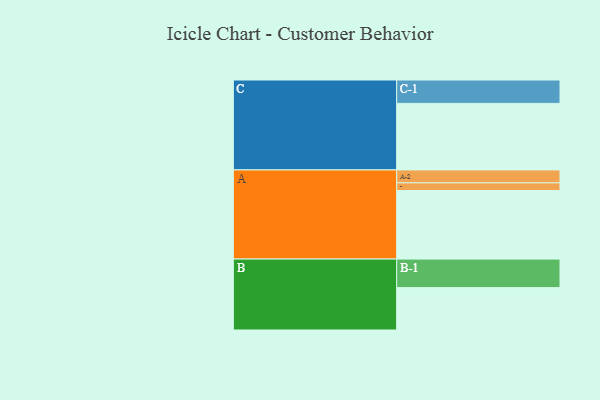
{"axis": {"x": "Segment", "y": "Value"}, "legend": ["", "A", "B", "C"], "data": [{"x": "A", "y": 545, "type": ""}, {"x": "B", "y": 337, "type": ""}, {"x": "C", "y": 529, "type": ""}, {"x": "A-1", "y": 61, "type": "A"}, {"x": "A-2", "y": 103, "type": "A"}, {"x": "B-1", "y": 227, "type": "B"}, {"x": "C-1", "y": 186, "type": "C"}]}